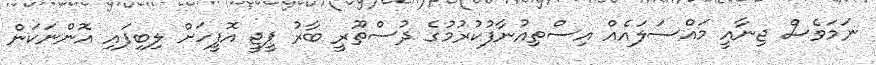
ނަމަވެސް ޖިނާއީ މައްސަލައެއް އިސްތިއުނާފުކުރުމުގެ ދުސްތޫރީ ބާރު ޕީޖީ އޮފީހަށް ލިބިފައި އޮންނަކަން